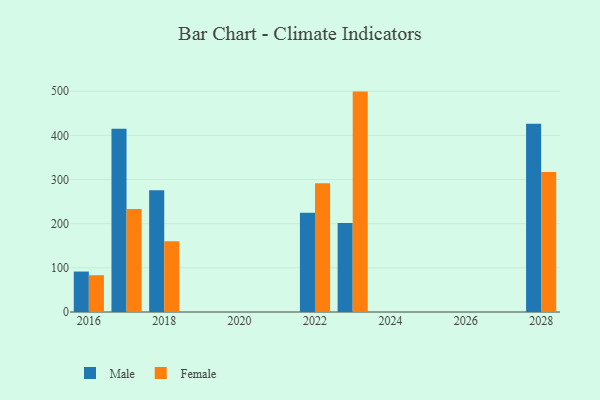
{"axis": {"x": "Year", "y": "Tickets Resolved"}, "legend": ["Female", "Male"], "data": [{"x": "2018", "y": 275.6, "type": "Male"}, {"x": "2018", "y": 160.1, "type": "Female"}, {"x": "2016", "y": 91.6, "type": "Male"}, {"x": "2016", "y": 83.3, "type": "Female"}, {"x": "2017", "y": 414.9, "type": "Male"}, {"x": "2017", "y": 233.4, "type": "Female"}, {"x": "2022", "y": 224.8, "type": "Male"}, {"x": "2022", "y": 291.7, "type": "Female"}, {"x": "2023", "y": 201.7, "type": "Male"}, {"x": "2023", "y": 499.0, "type": "Female"}, {"x": "2028", "y": 426.3, "type": "Male"}, {"x": "2028", "y": 317.0, "type": "Female"}]}